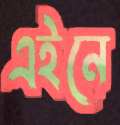
এইনে